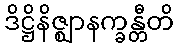
ဒိဋ္ဌိနိဇ္ဈာနက္ခန္တီတိ